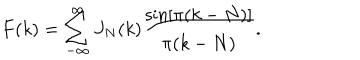
LaTeX: F ( k ) = \sum _ { - \infty } ^ { \infty } J _ { N } ( k ) \frac { \sin [ \pi ( k - N ) ] } { \pi ( k - N ) } .